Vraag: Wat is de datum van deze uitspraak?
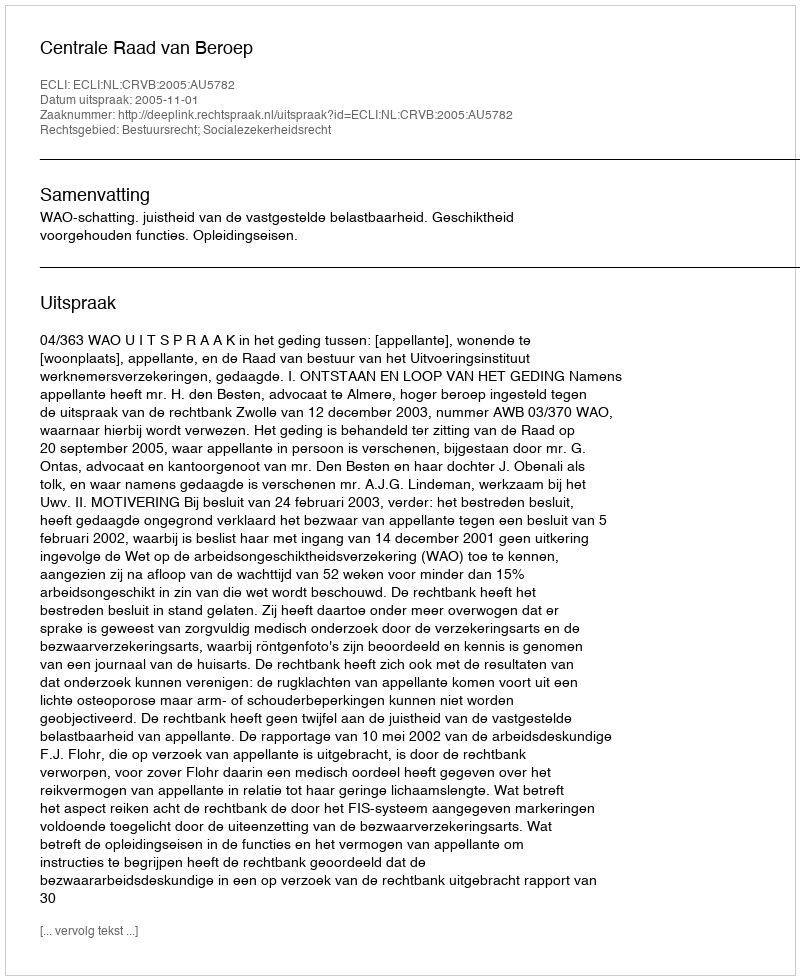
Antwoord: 2005-11-01